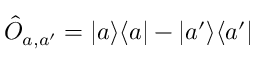
\hat { O } _ { a , a ^ { \prime } } = | a \rangle \langle a | - | a ^ { \prime } \rangle \langle a ^ { \prime } |